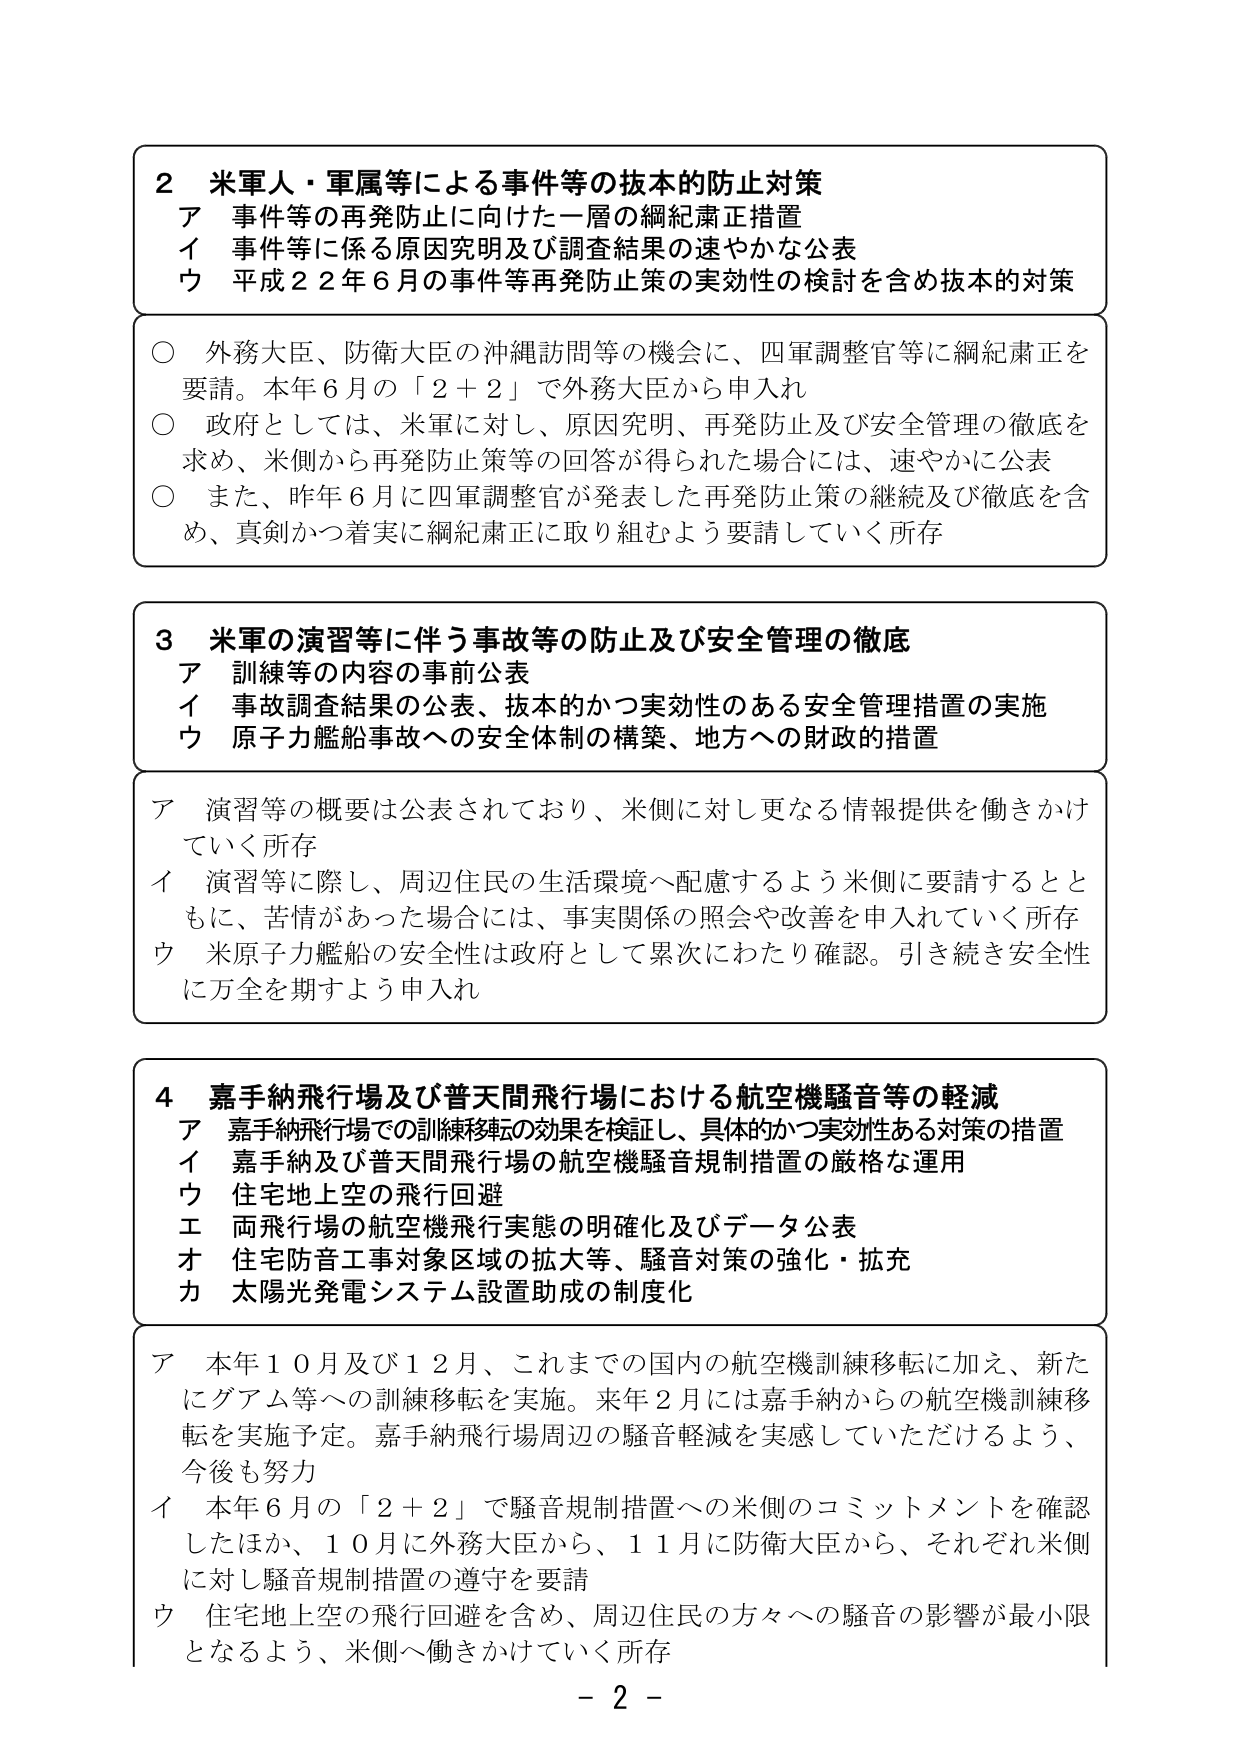
2 米軍人・軍属等による事件等の抜本的防止対策
ア 事件等の再発防止に向けた一層の綱紀粛正措置
イ 事件等に係る原因究明及び調査結果の速やかな公表
ウ 平成22年6月の事件等再発防止策の実効性の検討を含め抜本的対策

○ 外務大臣、防衛大臣の沖縄訪問等の機会に、四軍調整官等に綱紀粛正を要請。本年6月の「2＋2」で外務大臣から申入れ
○ 政府としては、米軍に対し、原因究明、再発防止及び安全管理の徹底を求め、米側から再発防止策等の回答が得られた場合には、速やかに公表
○ また、昨年6月に四軍調整官が発表した再発防止策の継続及び徹底を含め、真剣かつ着実に綱紀粛正に取り組むよう要請していく所存

3 米軍の演習等に伴う事故等の防止及び安全管理の徹底
ア 訓練等の内容の事前公表
イ 事故調査結果の公表、抜本的かつ実効性のある安全管理措置の実施
ウ 原子力艦船事故への安全体制の構築、地方への財政的措置

ア 演習等の概要は公表されており、米側に対し更なる情報提供を働きかけていく所存
イ 演習等に際し、周辺住民の生活環境へ配慮するよう米側に要請するとともに、苦情があった場合には、事実関係の照会や改善を申入れていく所存
ウ 米原子力艦船の安全性は政府として累次にわたり確認。引き続き安全性に万全を期すよう申入れ

4 嘉手納飛行場及び普天間飛行場における航空機騒音等の軽減
ア 嘉手納飛行場での訓練移転の効果を検証し、具体的かつ実効性ある対策の措置
イ 嘉手納及び普天間飛行場の航空機騒音規制措置の厳格な運用
ウ 住宅地上空の飛行回避
エ 両飛行場の航空機飛行実態の明確化及びデータ公表
オ 住宅防音工事対象区域の拡大等、騒音対策の強化・拡充
カ 太陽光発電システム設置助成の制度化

ア 本年10月及び12月、これまでの国内の航空機訓練移転に加え、新たにグアム等への訓練移転を実施。来年2月には嘉手納からの航空機訓練移転を実施予定。嘉手納飛行場周辺の騒音軽減を実感していただけるよう、今後も努力
イ 本年6月の「2＋2」で騒音規制措置への米側のコミットメントを確認したほか、10月に外務大臣から、11月に防衛大臣から、それぞれ米側に対し騒音規制措置の遵守を要請
ウ 住宅地上空の飛行回避を含め、周辺住民の方々への騒音の影響が最小限となるよう、米側へ働きかけていく所存

- 2 -